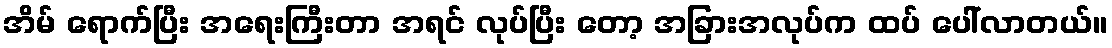
အိမ် ရောက်ပြီး အရေးကြီးတာ အရင် လုပ်ပြီး တော့ အခြားအလုပ်က ထပ် ပေါ်လာတယ်။